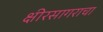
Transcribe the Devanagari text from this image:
क्षीरसागराचा